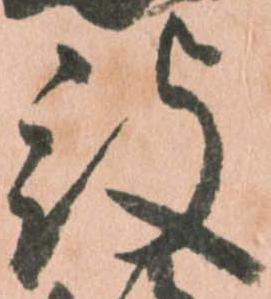
被